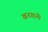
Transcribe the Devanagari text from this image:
खनगानी